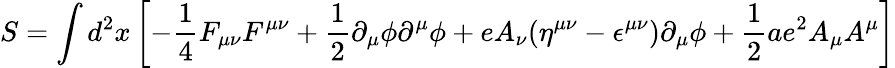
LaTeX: S=\int d^{2}x\left[-{\frac{1}{4}}F_{\mu\nu}F^{\mu\nu}+{\frac{1}{2}}\partial_{\mu}\phi\partial^{\mu}\phi+eA_{\nu}(\eta^{\mu\nu}-\epsilon^{\mu\nu})\partial_{\mu}\phi+{\frac{1}{2}}ae^{2}A_{\mu}A^{\mu}\right]